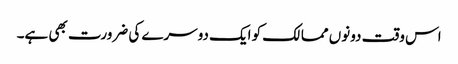
اس وقت دونوں ممالک کو ایک دوسرے کی ضرورت بھی ہے۔